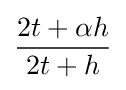
{\frac {2t+\alpha h}{2t+h}}